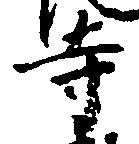
寺